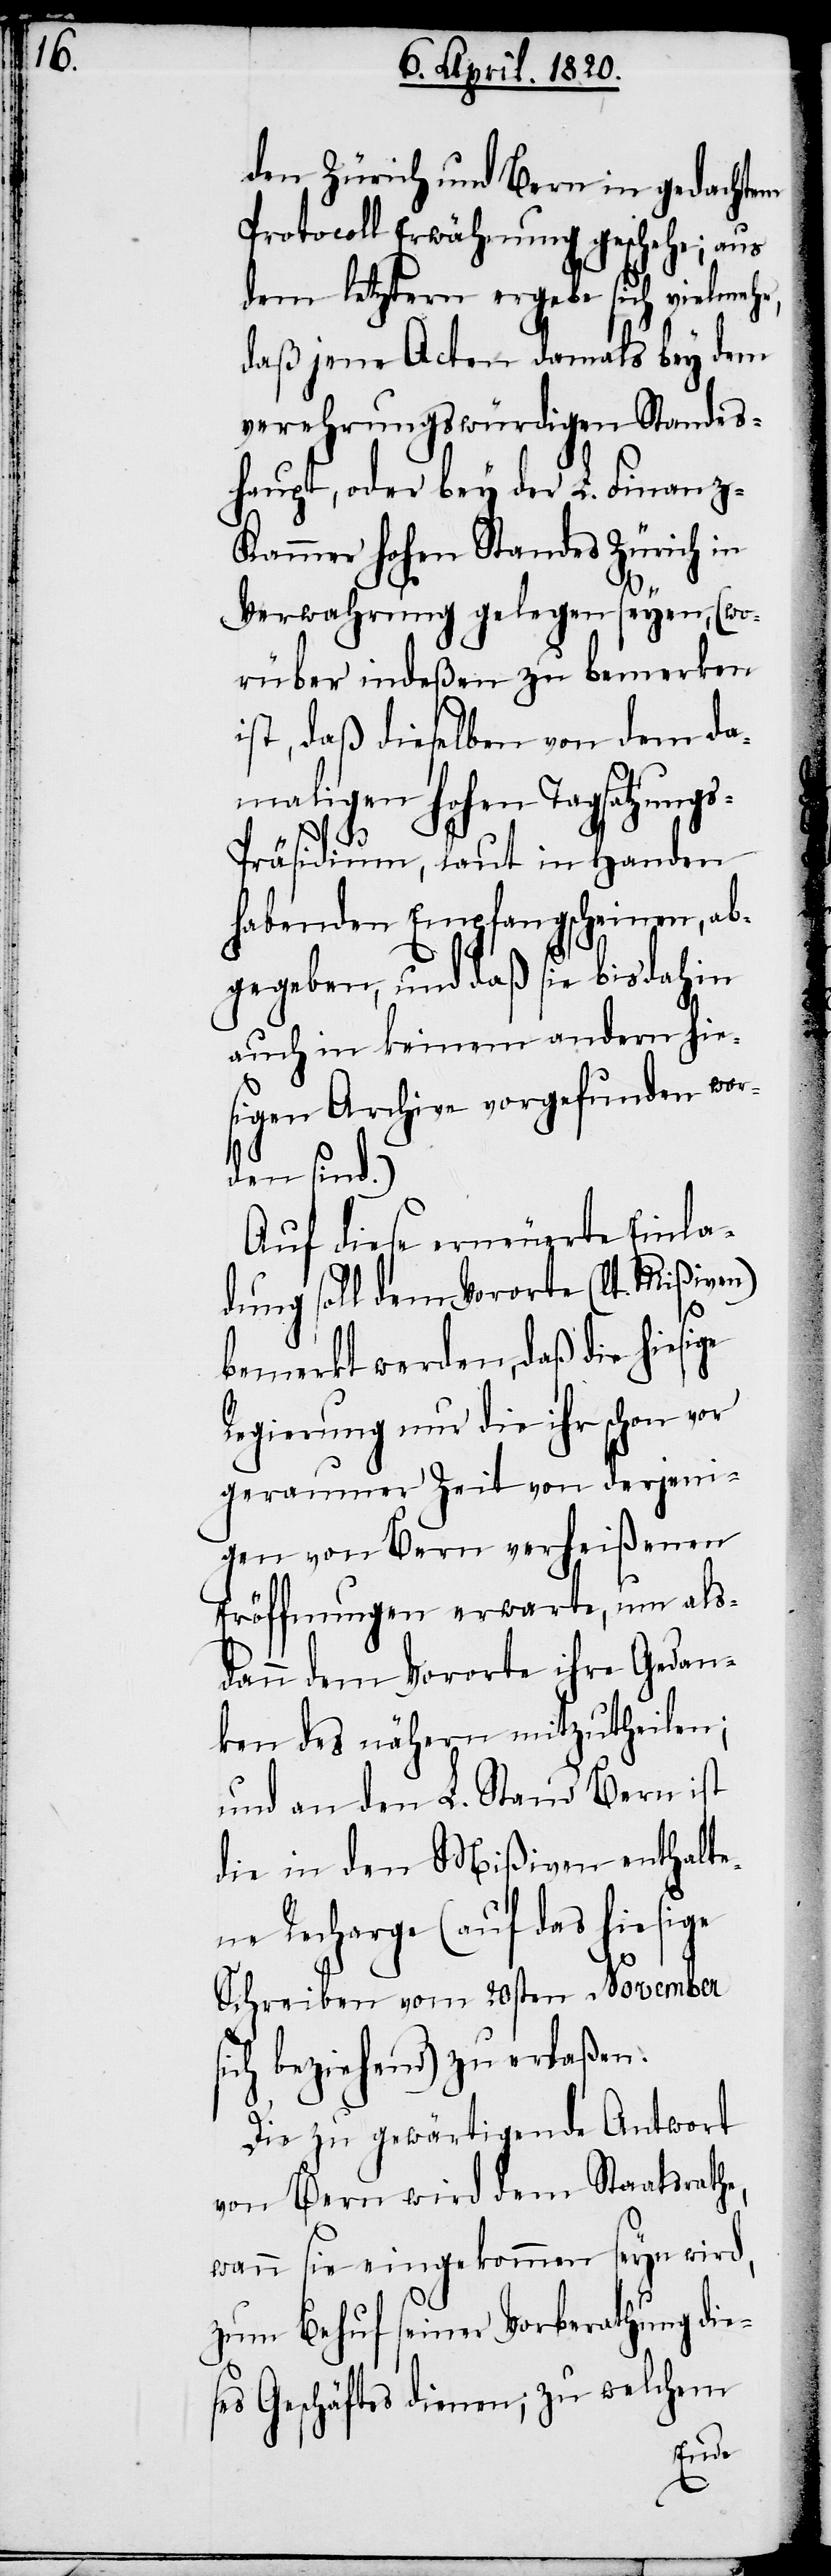
den Zürich und Bern im gedachten
Protocoll Erwähnung geschehe; aus
dem letztern ergebe sich vielmehr,
daß jene Acten damals bey dem
verehrungswürdigen Standes¬
haupt, oder bey der L. Finanz-K¬
ammer Hohen Standes Zürich in
Verwahrung gelegen seyen, (wo¬
rüber indeßen zu bemerken
ist, daß dieselben von dem da¬
maligen Hohen Tagsatzung¬
s-Präsidium, laut in Handen
habenden Empfangsscheinen, ab¬
gegeben, und daß sie bis dahin
auch in keinem andern hie¬
sigen Archive vorgefunden wor¬
den sind.)
Auf diese erneuerte Einla¬
dung soll dem Vororte (lt. Mißiven)
bemerkt werden, daß hiesige
Regierung nur die ihr schon vor
geraumer Zeit von derjeni¬
gen von Bern verheißenen
Eröffnungen erwarte, um als¬
dann dem Vororte ihre Gedan¬
ken des nähern mitzutheilen;
und an den L. Stand Bern ist
die in den Mißiven enthalte¬
ne Recharge (auf das hiesige
Schreiben vom 20sten November
sich beziehend) zu verlaßen:
Die zu gewärtigende Antwort
von Bern wird dem Staatsrathe,
wann sie eingekommen seyn wird,
zum Behuf seiner Vorberathung die¬
ses Geschäftes dienen; zu welchem